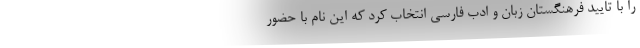
را با تایید فرهنگستان زبان و ادب فارسی انتخاب کرد که این نام با حضور